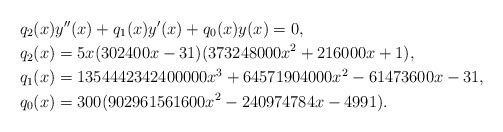
\begin{align*} &q_2(x) y''(x) + q_1(x) y'(x) + q_0(x) y(x) = 0, \\ &q_2(x) = 5x(302400x - 31)(373248000x^2 + 216000x + 1), \\ &q_1(x) = 1354442342400000x^3 + 64571904000x^2 - 61473600x - 31,\\ &q_0(x) = 300(902961561600x^2 - 240974784x - 4991).\end{align*}